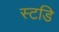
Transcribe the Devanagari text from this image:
स्टडि